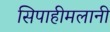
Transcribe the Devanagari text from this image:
सिपाहीमलानी